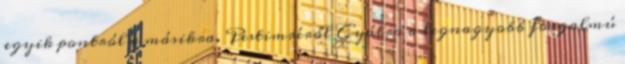
egyik pontról a másikra. Pestimréről Gyálra a legnagyobb forgalmú